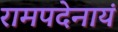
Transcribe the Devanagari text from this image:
रामपदेनायं